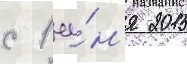
с 1 иу́н'я 2015